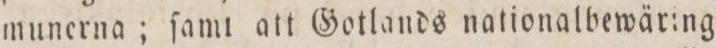
munerna; ſamt att Gotlands nationalbewäring